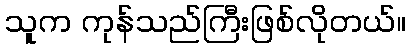
သူက ကုန်သည်ကြီးဖြစ်လိုတယ်။